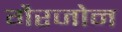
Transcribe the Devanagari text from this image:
गैरजोन